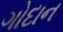
ગોદાન